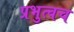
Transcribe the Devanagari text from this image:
प्रभुत्वच